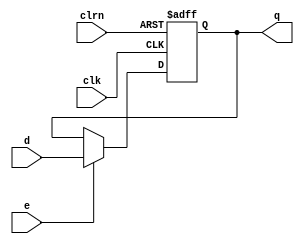
// 32bit D flip-flop with an enable signal for PC.
module dffe32pc(d, clk, clrn, e, q);
	input      [31:0] d;
	input             clk, clrn, e;
	output reg [31:0] q;

	always @(negedge clrn or posedge clk)
		if (clrn == 0) begin
			q <= -4; // Make sure instruction at address 0 will be properly executed.
		end else begin
			if (e == 1)
				q <= d;
		end
endmodule